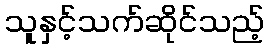
သူနှင့်သက်ဆိုင်သည့်